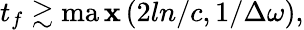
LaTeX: t_{f}\gtrsim\operatorname*{ma\mathbf{x}}\left(2ln/c,1/\Delta\omega\right),